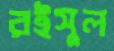
রইসুল